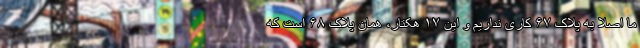
ما اصلاً به پلاک ۶۷ کاری نداریم و این ۱۷ هکتار، همان پلاک ۶۸ است که